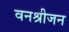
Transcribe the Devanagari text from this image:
वनश्रीजन